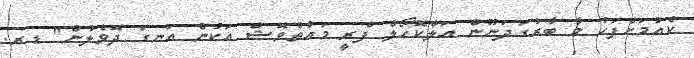
ކެއުމަށްފަހު މާ ބާރުގަދަނޫން އަލްކޮހޯލް ފްރީ މައުތުވޮޝް އަކުން އަނގަ ދޮވެލުން" ޑރ.